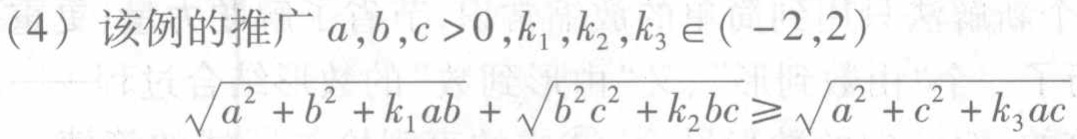
(4) 该例的推广 \(a,b,c > 0,k_1,k_2,k_3 \in (-2,2)\)
\(\sqrt{a^{2}+b^{2}+k_1ab}+\sqrt{b^{2}c^{2}+k_2bc}\geqslant\sqrt{a^{2}+c^{2}+k_3ac}\)